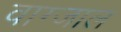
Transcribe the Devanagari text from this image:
वाग्जाल